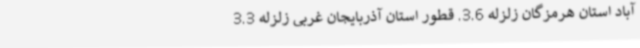
آباد استان هرمزگان زلزله 3.6. قطور استان آذربایجان غربی زلزله 3.3